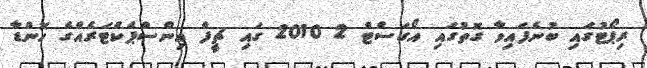
ރިޕޯޓުގައި ބުނެފައިވާ ގޮތުގައި އޯގަސްޓް 2 2010 ގައި ޗީފް އިންސްޕެކްޓަރެއްގެ ހޮންޑާ